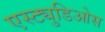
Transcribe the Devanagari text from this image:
एस्ट्युडिओस